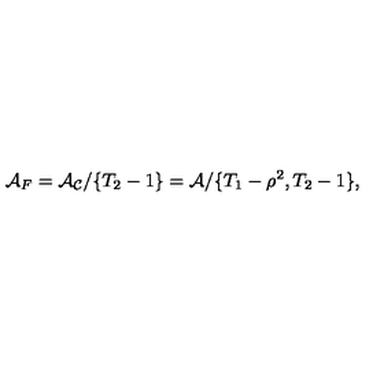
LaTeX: { \cal A } _ { F } = { \cal A _ { C } } / \{ T _ { 2 } - 1 \} = { \cal A } / \{ T _ { 1 } - \rho ^ { 2 } , T _ { 2 } - 1 \} ,